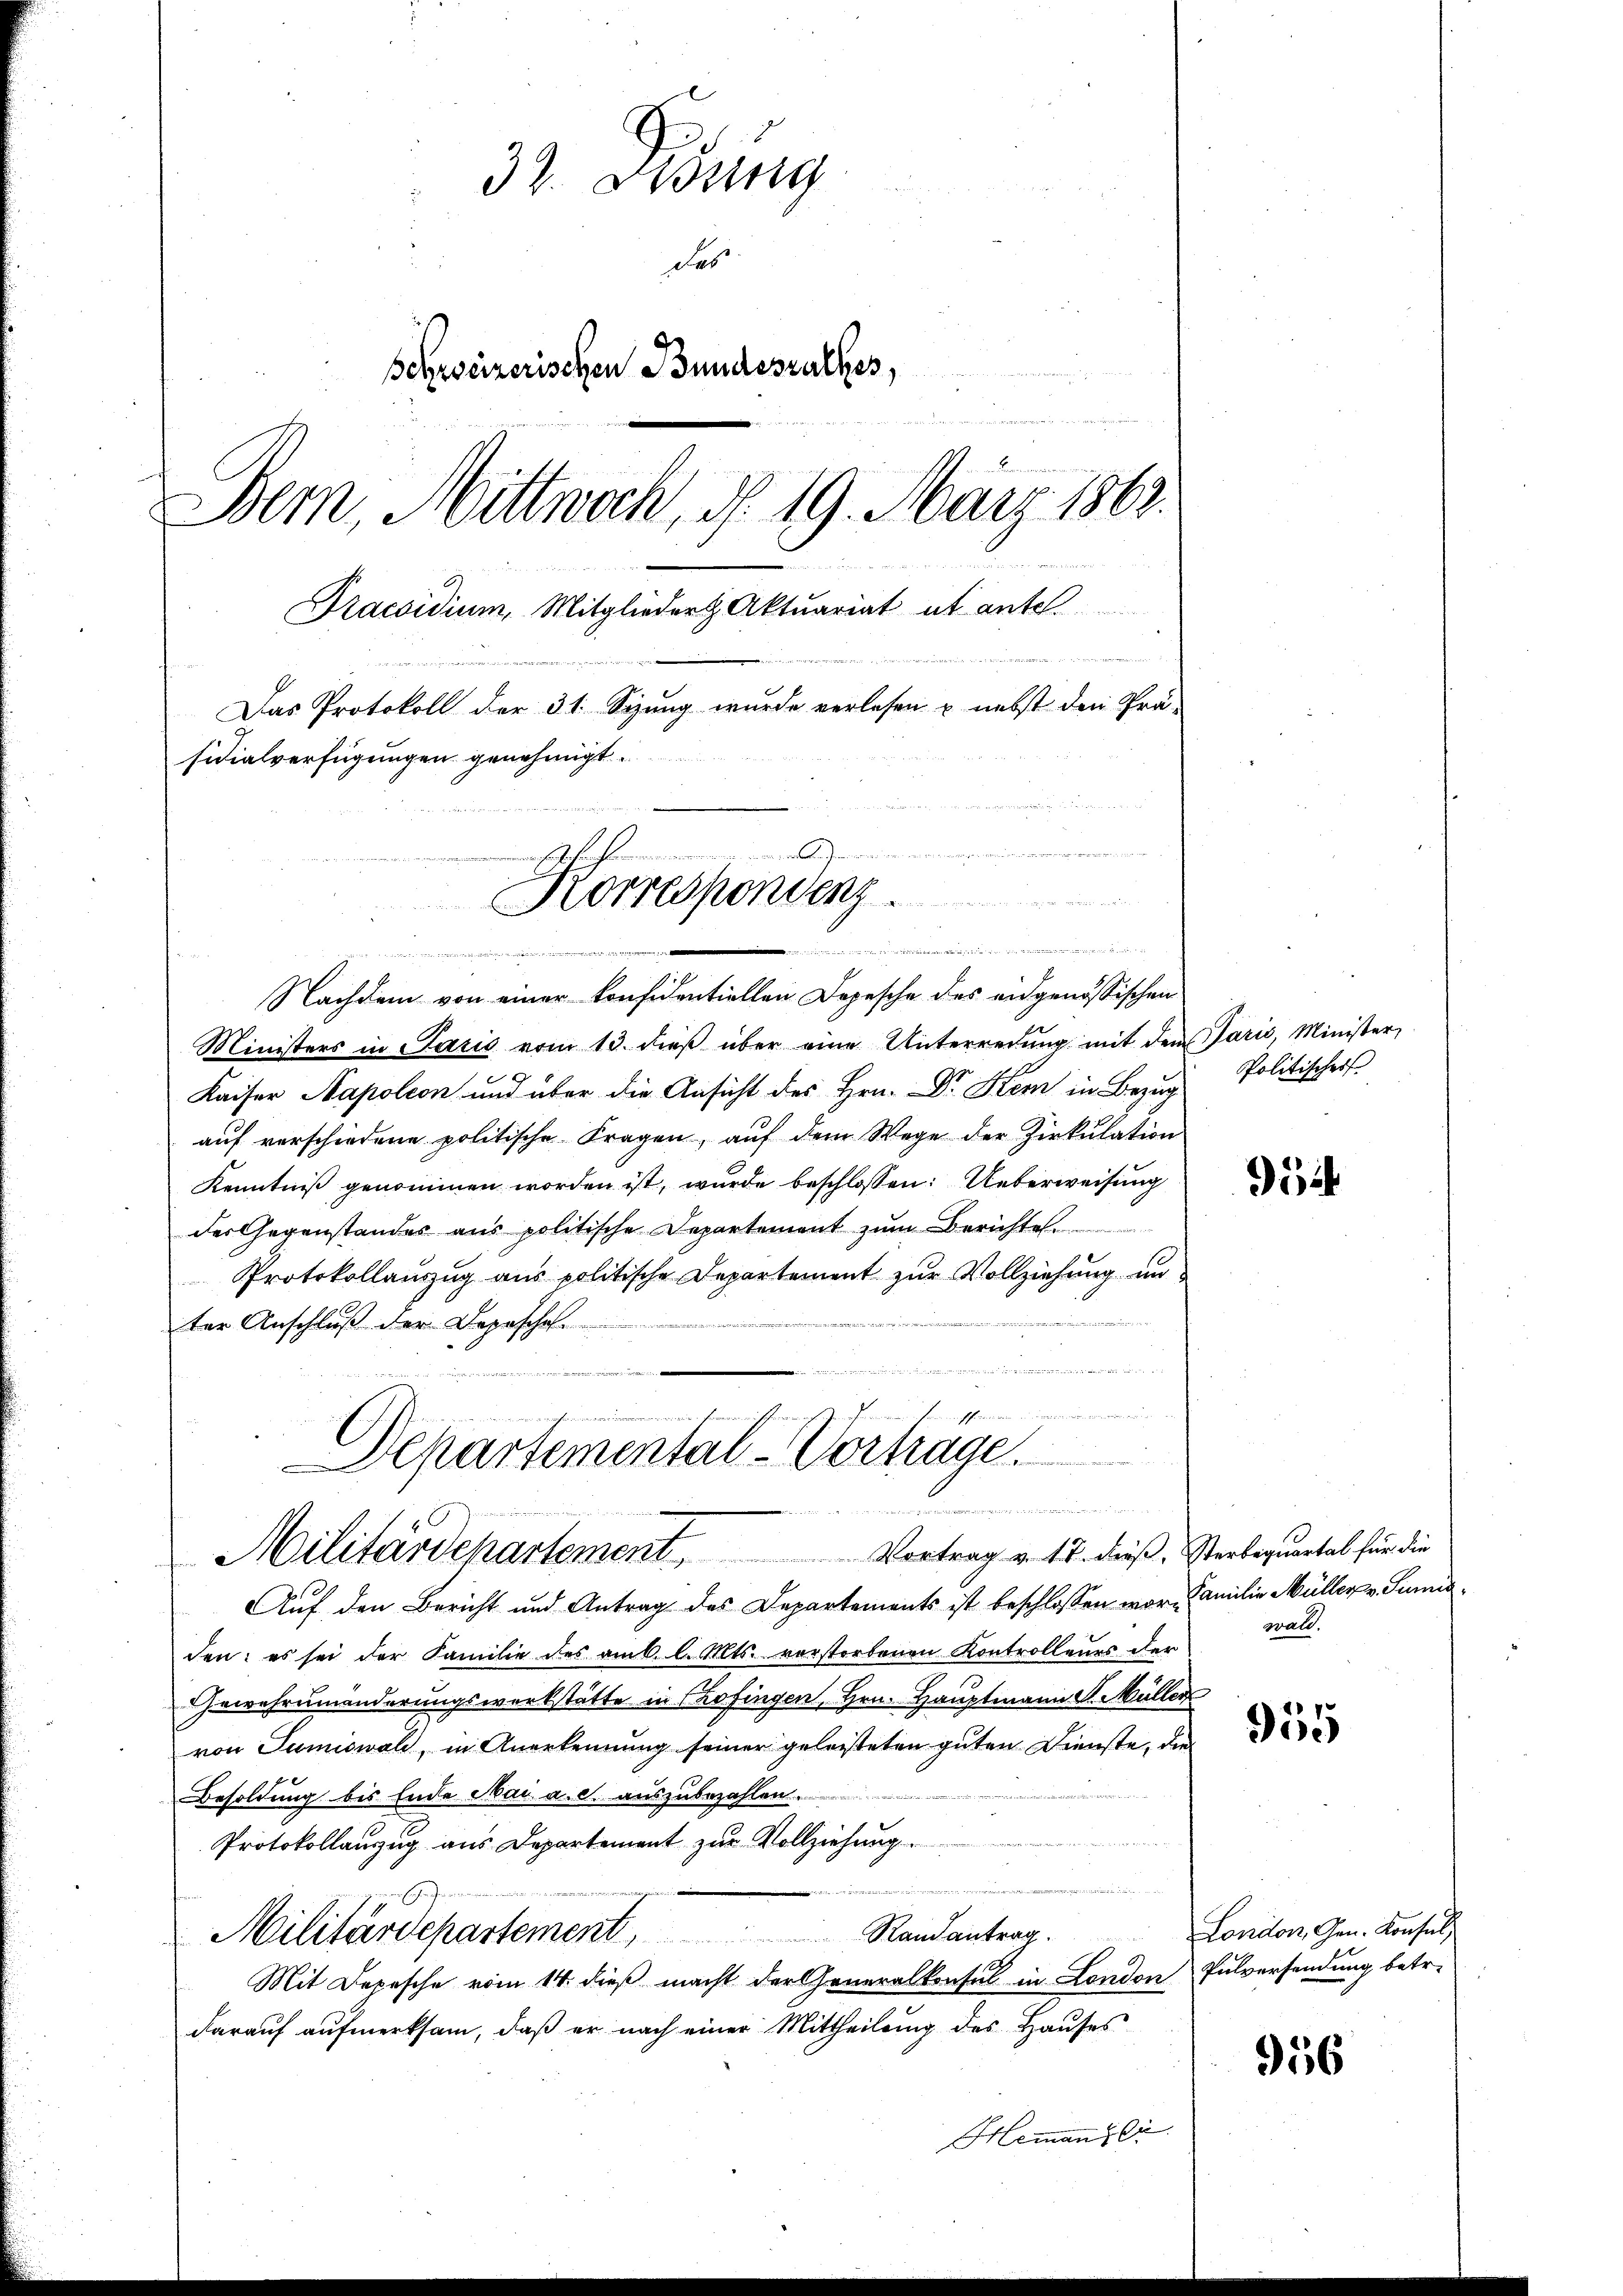
33. Disung
des
u
Behweizerischen Bundesrathes,
Bem Mittwoch, d. 19. März 1863.
Praesidium, Mitglieder Aktuariat ut antel.
 der Bes
Das Protokoll der 31. Sizung wurde verlesen u. nebst den Prä-
sidialverfügungen genehmigt.

dee die
Nachdem von einer konsidentiellen Depesche des eidgenössischen
Ministers in Paris vom 13. dieβ über eine Unterredung mit dem Paris, Minister,
Kaiser Napoleon und über die Ansicht des Hrn. Dr. Stem in Bezŭg Politischer
aŭf verschiedene politische Fragen, aŭf dem Wege der Zirkŭlation
Kenntniß genommen worden ist, wurde beschlossen: Ueberweisung
der Gegenstandes aus politische Departement zum Berichtes
Protokollauszug aus politische Departement zur Vollziehung un
ter Anschluß der Depesche
.
m
4
Auf den Bericht und Antrag des Departements ist beschlossen war, Familie Müller v. Sumiden; es sei der Familie des am k. l. Mts. vorstorbenen Kontrolleurs der
Gewehrumänderungswerkstätte in Chofingen, Hrn. Hauptmann S. Müller
von Tumiswald, in Anerkennung seiner geleisteten guten Dienste, die
Besoldung bis Ende Mai a. c. auszubezahlen.
Protokollanzug aus Departement zur Vollziehung
Militärdepartement, Randantrag.
Mit Depesche vom 14. dieß macht der Generalkonsul in London
darauf aufmerksam, daß er nach einer Mittheilung des Hauses
Hemand si

a
Korrespondenz

nun den der vormanisati

f
m
Departemental-Vorhage
e meiner in einen in de
e
Vortrag v. 17. dieß. Sterbequartal für die
Militärdepartement,

954

wall.

955

Landon, Gen. Konsuls
Pulversendung betr.

956